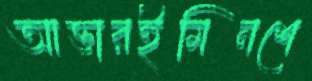
আক্তারইমিনশে